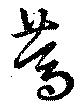
篤